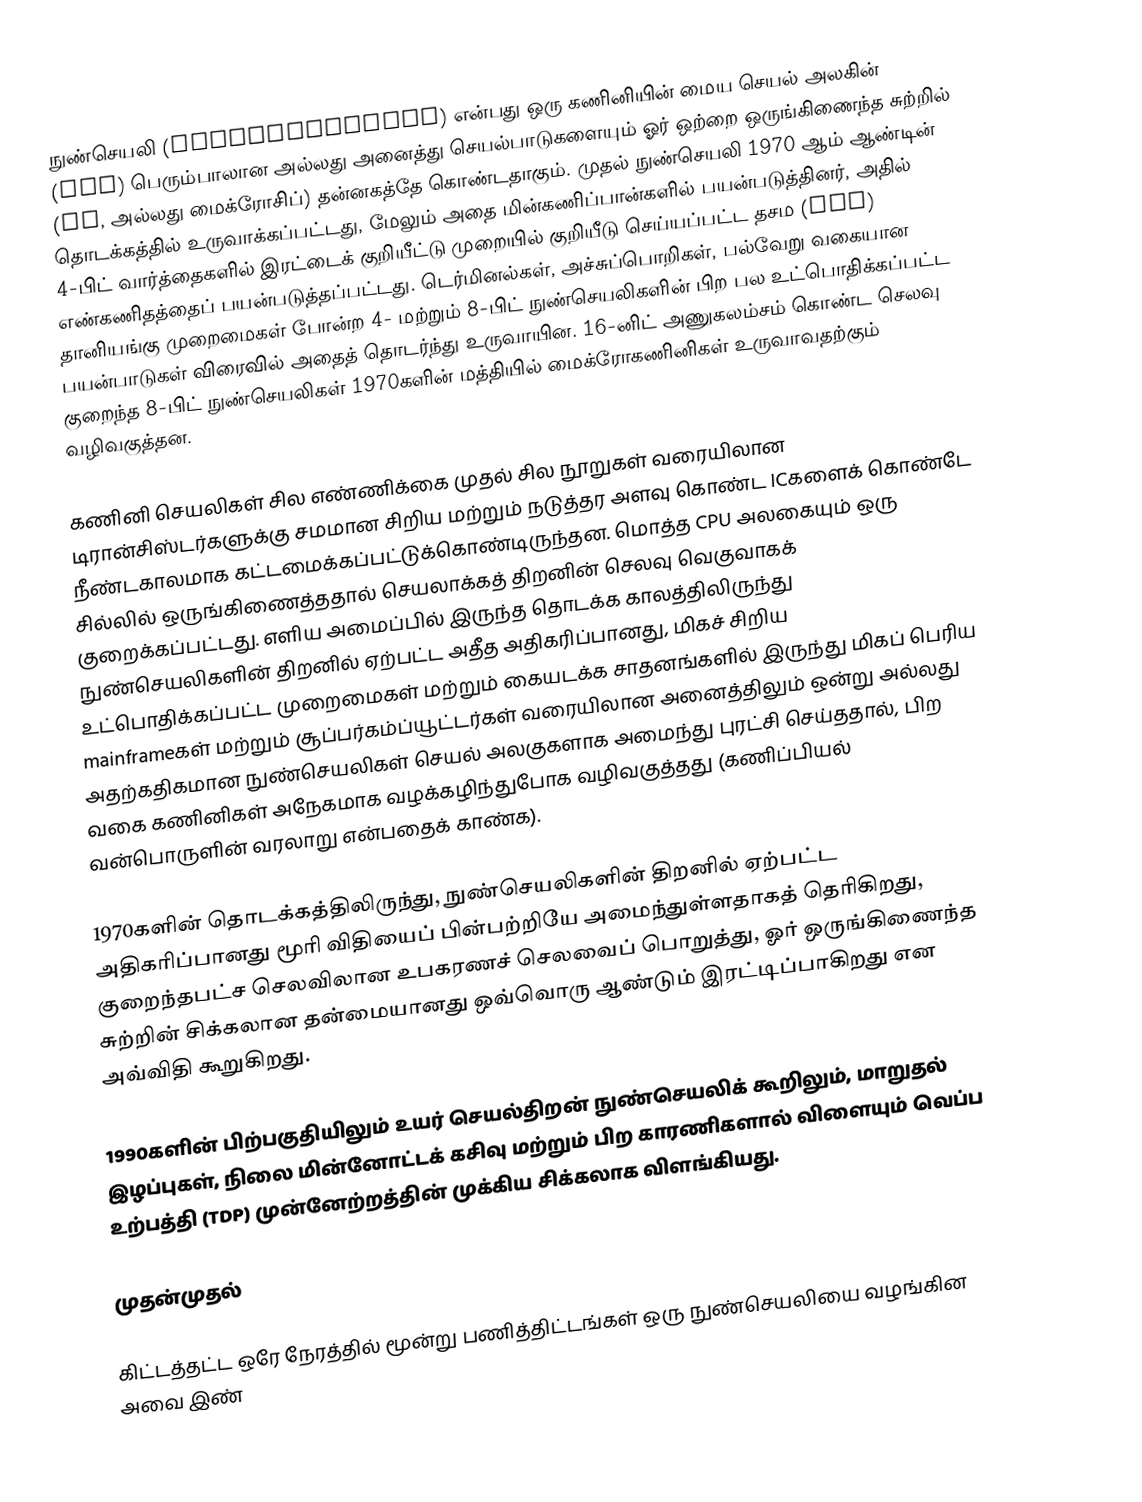
நுண்செயலி (microprocessor) என்பது ஒரு கணினியின் மைய செயல் அலகின் (CPU) பெரும்பாலான அல்லது அனைத்து செயல்பாடுகளையும் ஓர் ஒற்றை ஒருங்கிணைந்த சுற்றில் (IC, அல்லது மைக்ரோசிப்) தன்னகத்தே கொண்டதாகும். முதல் நுண்செயலி 1970 ஆம் ஆண்டின் தொடக்கத்தில் உருவாக்கப்பட்டது, மேலும் அதை மின்கணிப்பான்களில் பயன்படுத்தினர், அதில் 4-பிட் வார்த்தைகளில் இரட்டைக் குறியீட்டு முறையில் குறியீடு செய்யப்பட்ட தசம (BCD) எண்கணிதத்தைப் பயன்படுத்தப்பட்டது. டெர்மினல்கள், அச்சுப்பொறிகள், பல்வேறு வகையான தானியங்கு முறைமைகள் போன்ற 4- மற்றும் 8-பிட் நுண்செயலிகளின் பிற பல உட்பொதிக்கப்பட்ட பயன்பாடுகள் விரைவில் அதைத் தொடர்ந்து உருவாயின. 16-னிட் அணுகலம்சம் கொண்ட செலவு குறைந்த 8-பிட் நுண்செயலிகள் 1970களின் மத்தியில் மைக்ரோகணினிகள் உருவாவதற்கும் வழிவகுத்தன.

கணினி செயலிகள் சில எண்ணிக்கை முதல் சில நூறுகள் வரையிலான டிரான்சிஸ்டர்களுக்கு சமமான சிறிய மற்றும் நடுத்தர அளவு கொண்ட ICகளைக் கொண்டே நீண்டகாலமாக கட்டமைக்கப்பட்டுக்கொண்டிருந்தன. மொத்த CPU அலகையும் ஒரு சில்லில் ஒருங்கிணைத்ததால் செயலாக்கத் திறனின் செலவு வெகுவாகக் குறைக்கப்பட்டது. எளிய அமைப்பில் இருந்த தொடக்க காலத்திலிருந்து நுண்செயலிகளின் திறனில் ஏற்பட்ட அதீத அதிகரிப்பானது, மிகச் சிறிய உட்பொதிக்கப்பட்ட முறைமைகள் மற்றும் கையடக்க சாதனங்களில் இருந்து மிகப் பெரிய mainframeகள் மற்றும் சூப்பர்கம்ப்யூட்டர்கள் வரையிலான அனைத்திலும் ஒன்று அல்லது அதற்கதிகமான நுண்செயலிகள் செயல் அலகுகளாக அமைந்து புரட்சி செய்ததால், பிற வகை கணினிகள் அநேகமாக வழக்கழிந்துபோக வழிவகுத்தது (கணிப்பியல் வன்பொருளின் வரலாறு என்பதைக் காண்க).

1970களின் தொடக்கத்திலிருந்து, நுண்செயலிகளின் திறனில் ஏற்பட்ட அதிகரிப்பானது மூரி விதியைப் பின்பற்றியே அமைந்துள்ளதாகத் தெரிகிறது, குறைந்தபட்ச செலவிலான உபகரணச் செலவைப் பொறுத்து, ஓர் ஒருங்கிணைந்த சுற்றின் சிக்கலான தன்மையானது ஒவ்வொரு ஆண்டும் இரட்டிப்பாகிறது என அவ்விதி கூறுகிறது.

1990களின் பிற்பகுதியிலும் உயர் செயல்திறன் நுண்செயலிக் கூறிலும், மாறுதல் இழப்புகள், நிலை மின்னோட்டக் கசிவு மற்றும் பிற காரணிகளால் விளையும் வெப்ப உற்பத்தி (TDP) முன்னேற்றத்தின் முக்கிய சிக்கலாக விளங்கியது.

முதன்முதல்

கிட்டத்தட்ட ஒரே நேரத்தில் மூன்று பணித்திட்டங்கள் ஒரு நுண்செயலியை வழங்கின அவை இண்